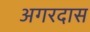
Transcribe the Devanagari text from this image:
अगरदास